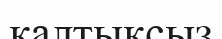
қалтықсыз